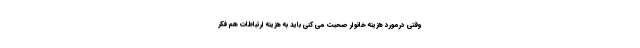
وقتی درمورد هزینه خانوار صحبت می کنی باید به هزینه ارتباطات هم فکر